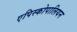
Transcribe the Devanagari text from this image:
एपिस्कोपालियन